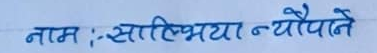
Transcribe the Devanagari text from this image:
नाम : साल्भया न्यौपाने